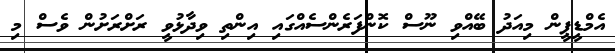
އެމްޑީޕީން މިއަދު ބޭއްވި ނޫސް ކޮންފަރެންސެއްގައި އިންތި ވިދާޅުވީ ރަށްރަށުން ވެސް މި